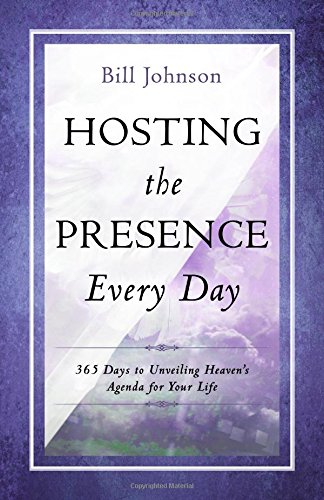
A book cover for Hosting the Presence Every Day: 365 Days to Unveiling Heaven's Agenda for Your Life; Bill Johnson; Christian Books & Bibles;